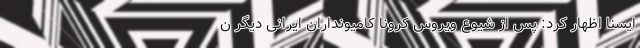
ایسنا اظهار کرد: پس از شیوع ویروس کرونا کامیونداران ایرانی دیگر ن